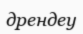
дрендеу